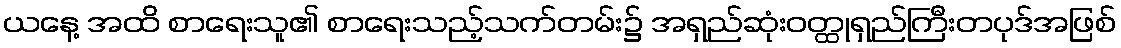
ယနေ့ အထိ စာရေးသူ၏ စာရေးသည့်သက်တမ်း၌ အရှည်ဆုံးဝတ္ထုရှည်ကြီးတပုဒ်အဖြစ်